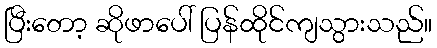
ပြီးတော့ ဆိုဖာပေါ် ပြန်ထိုင်ကျသွားသည်။